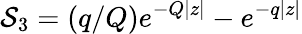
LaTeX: \mathcal{S}_{3}=\left(q/Q\right)e^{-Q|z|}-e^{-q|z|}